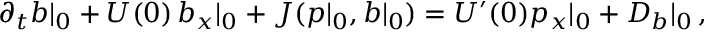
\partial _ { t } b | _ { 0 } + U ( 0 ) \, b _ { x } | _ { 0 } + J ( p | _ { 0 } , b | _ { 0 } ) = U ^ { \prime } ( 0 ) p _ { x } | _ { 0 } + { \cal D } _ { b } | _ { 0 } \, ,